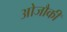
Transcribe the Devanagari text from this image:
ओजौकी